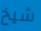
شيخ